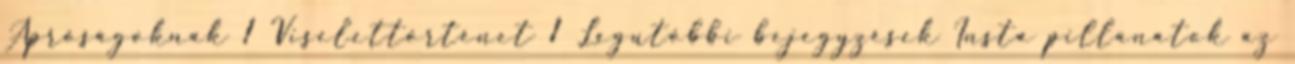
Apróságoknak 1 Viselettörténet 1 Legutóbbi bejegyzések Insta pillanatok az